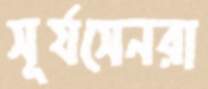
সূর্যসেনরা